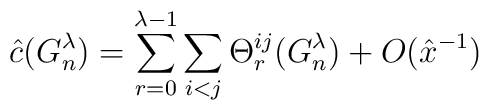
\hat{c}(G_n^\lambda)=\sum_{r=0}^{\lambda-1} \sum_{i<j} \Theta_r^{ij}(G_n^\lambda) + O(\hat{x}^{-1})